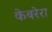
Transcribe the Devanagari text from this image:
केबरेरा